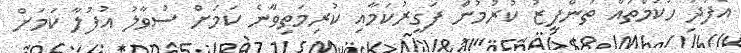
އެފަދަ ހުކުމްތައް ތަންފީޒު ކުރުމުން ފަގީރުކަމާއި ކުރިމަތިވާނެ ކަމަށް ސުވާލު އުފުލާ ކަމަށް